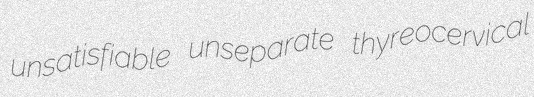
unsatisfiable unseparate thyreocervical